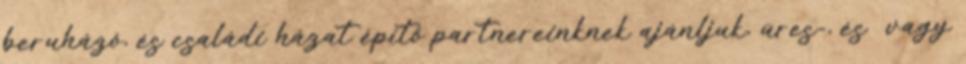
beruházó, és családi házat építő partnereinknek ajánljuk, üres-, és vagy